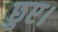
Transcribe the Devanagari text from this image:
छुए।